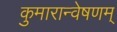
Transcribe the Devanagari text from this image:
कुमारान्वेषणम्